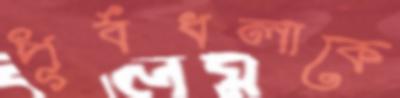
পূর্বধলাকে